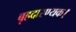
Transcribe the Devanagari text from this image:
बृहदारण्यक।